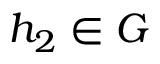
h _ { 2 } \in G